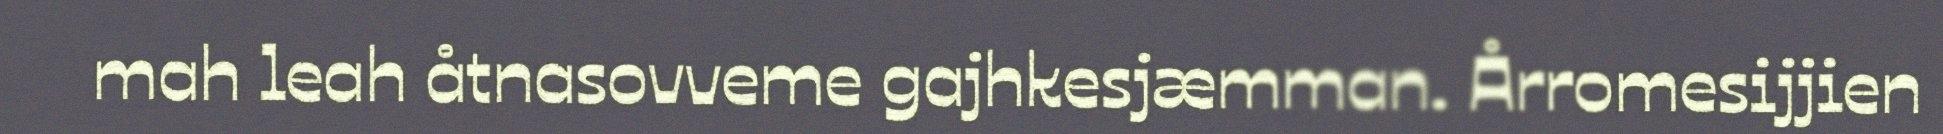
mah leah åtnasovveme gajhkesjæmman. Årromesijjien